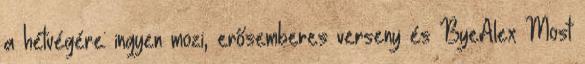
a hétvégére: ingyen mozi, erősemberes verseny és ByeAlex Most